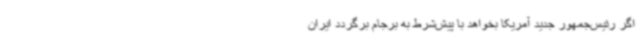
اگر رئیس‌جمهور جدید آمریکا بخواهد با پیش‌شرط به برجام برگردد ایران